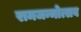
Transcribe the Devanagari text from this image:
रामजन्मोत्सव